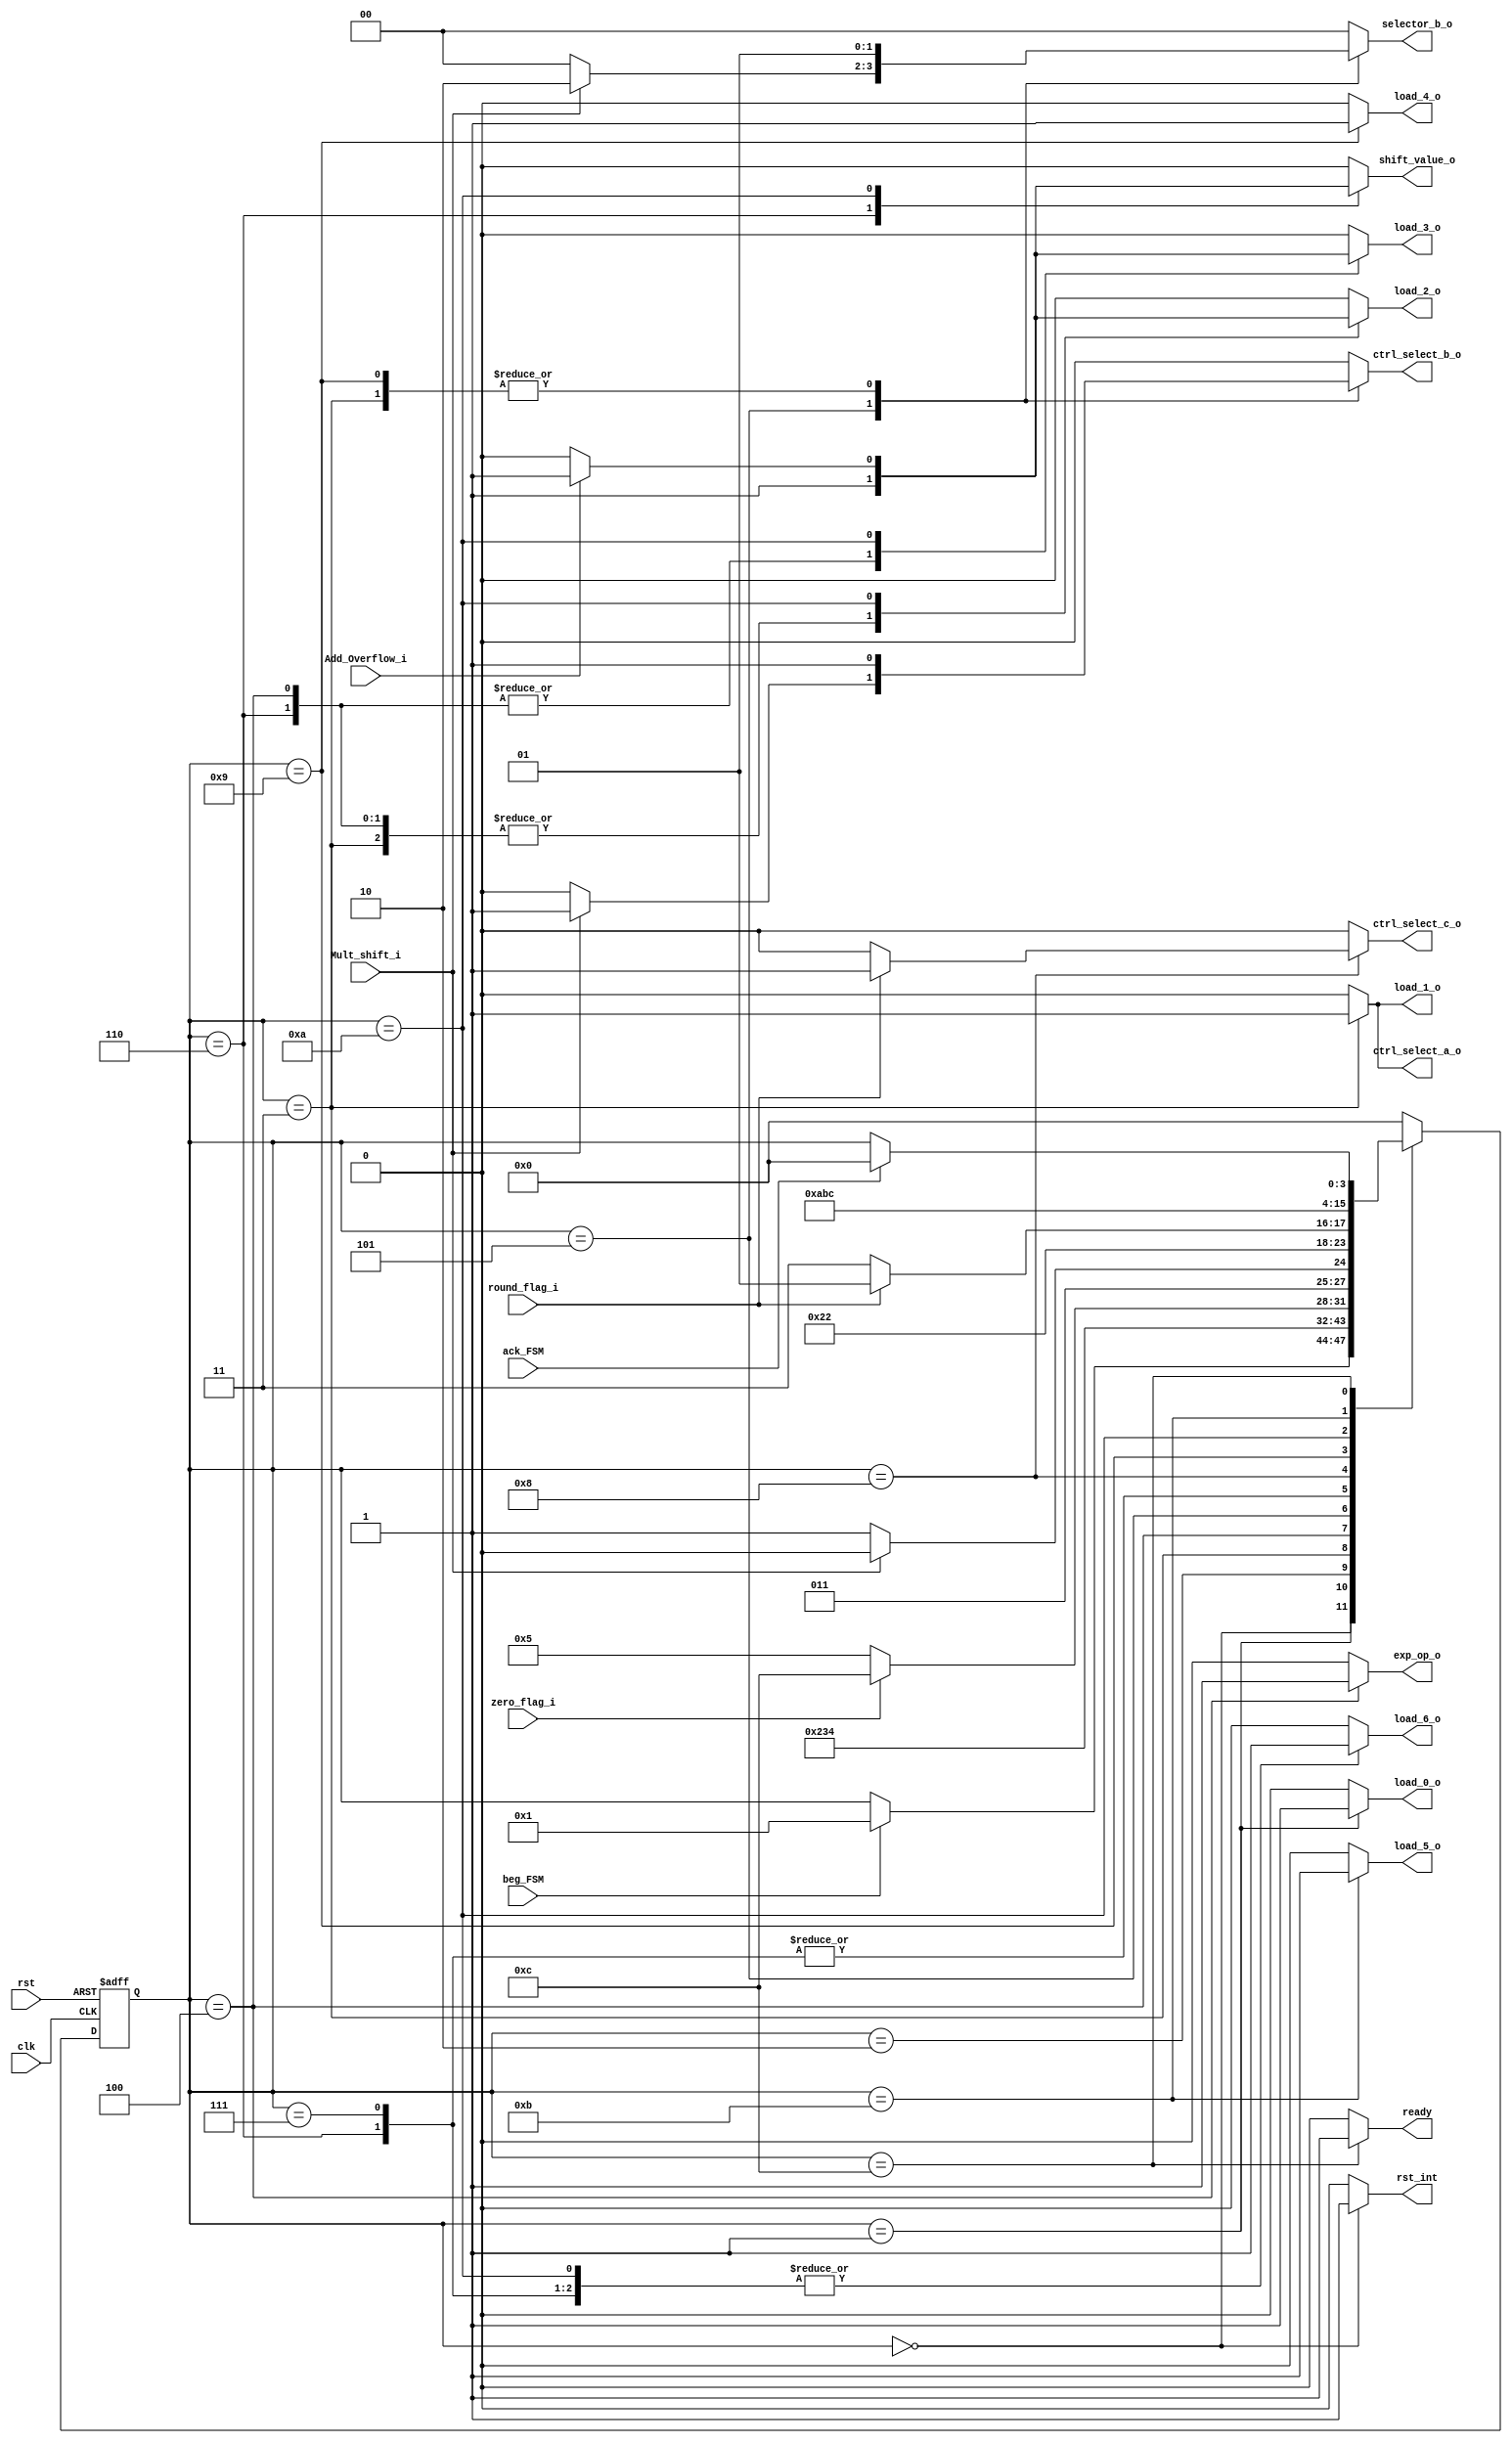
module FSM_Mult_Function(
	//INPUTS
	input wire clk,
	input wire rst,
	input wire beg_FSM, //Be gin the multiply operation
	input wire ack_FSM, //Is used in the last state, is an aknowledge signal

	//ZERO PHASE EVALUATION SIGNALS
	input wire zero_flag_i,

	//Sgf_Operation *EVALUATION SIGNALS
	input wire Mult_shift_i,

	//round decoder EVALUATION SIGNALS
	input wire round_flag_i,

	//Adder round EV LUATION Signals
	input wire Add_Overflow_i,

	///////////////////////Load Signals/////////////////////////////////////7

	//Oper Start_in load signal
	output reg load_0_o,

	/*Zero flag, Exp operation underflow, Sgf operation first reg, sign result reg*/
	output reg load_1_o,

	//Exp operation result,
	output reg load_2_o,

	//Exp operation Overflow, Sgf operation second reg
	output reg load_3_o,

	//Adder round register
	output reg load_4_o,

	//Final result registers
	output reg load_5_o,

	//Barrel shifter registers
	output reg load_6_o,


	/////////////////////Multiplexers selector control signals////////////

	//Sixth Phase control signals
	output reg ctrl_select_a_o,
	output reg ctrl_select_b_o,
	output reg [1:0] selector_b_o,
	output reg ctrl_select_c_o,


	//////////////////////Module's control signals/////////////////////////
	//Exp operation control signals
	output reg exp_op_o,

	//Barrel shifter control signals
	output reg shift_value_o,

	//Internal reset signal
		output reg rst_int,
		//Ready  Signal
		output reg ready
    );


////////States///////////
//Zero Phase
parameter [3:0] start = 4'd0,//A

load_operands = 4'd1, //B) loads both operands to registers

extra64_1 = 4'd2,

add_exp = 4'd3, //C) Add both operands, evaluate underflow

subt_bias = 4'd4, //D) Subtract bias to the result, evaluate overflow, evaluate zero

mult_overf= 4'd5, //E) Evaluate overflow in Sgf multiplication for normalization case

mult_norn = 4'd6, //F) Overflow normalization, right shift significant and increment exponent

mult_no_norn = 4'd7, //G)No_normalization sgf

round_case = 4'd8, //H) Rounding evaluation. Positive= adder rounding, Negative,=Final load

adder_round =  4'd9, //I) add a 1 to the significand in case of rounding

round_norm = 4'd10, //J) Evaluate overflow in adder for normalization, Positive = normalization, same that F

final_load = 4'd11, //K) Load output registers

ready_flag = 4'd12; //L) Ready flag, wait for ack signal



//State registers
reg [3:0] state_reg, state_next;

//State registers reset and standby logic
always @(posedge clk, posedge rst)
	if(rst)
		state_reg <= start;
	else
		state_reg <= state_next;

//Transition and Output Logic
always @*
	begin
	//STATE DEFAULT BEHAVIOR
	state_next = state_reg; //If no changes, keep the value of the register unaltered

	 load_0_o=0;

	/*Zero flag, Exp operation underflow, Sgf operation first reg, sign result reg*/
	 load_1_o=0;

	//Exp operation result,
	 load_2_o=0;

	//Exp operation Overflow, Sgf operation second reg
	 load_3_o=0;

	//Adder round register
	 load_4_o=0;

	//Final result registers
	 load_5_o=0;

	 load_6_o=0;

	//////////////////////Multiplexers selector control signals////////////

	//Sixth Phase control signals
	 ctrl_select_a_o=0;
	 ctrl_select_b_o=0;
	 selector_b_o=2'b0;
	 ctrl_select_c_o=0;


	//////////////////////Module's control signals/////////////////////////
	//Exp operation control signals
	 exp_op_o=0;

	//Barrel shifter control signals
	 shift_value_o=0;

	//Internal reset signal
		 rst_int=0;
		//Ready  Signal
		 ready=0;

	case(state_reg)
		start:
		begin
			rst_int = 1;
			if(beg_FSM)
				state_next = load_operands; //Jump to the first state of the machine
		end
		//First Phase
		load_operands:
		begin
			load_0_o = 1;
			state_next = extra64_1;
		end

		extra64_1:
		begin
		  state_next = add_exp;
        end

		//Zero Check
		add_exp:
		begin
			load_1_o = 1;
			load_2_o = 1;
			ctrl_select_a_o = 1;
			ctrl_select_b_o = 1;
			selector_b_o = 2'b01;
			state_next = subt_bias;
		end
		subt_bias:
		begin
			load_2_o = 1;
			load_3_o = 1;
			exp_op_o = 1;

			if(zero_flag_i)
				state_next = ready_flag;
			else
				state_next = mult_overf;

		end
		mult_overf:
		begin
			if(Mult_shift_i) begin
				ctrl_select_b_o =1;
				selector_b_o =2'b10;
				state_next = mult_norn;
			end
			else
				state_next = mult_no_norn;
		end
		//Ninth Phase
		mult_norn:
		begin
			shift_value_o =1;
			load_6_o = 1;
			load_2_o = 1;
			load_3_o = 1;
			//exp_op_o = 1;
			state_next = round_case;
		end
		mult_no_norn:
		begin
			shift_value_o =0;
			load_6_o = 1;
			state_next = round_case;
		end
		round_case:
		begin
			if(round_flag_i) begin
				ctrl_select_c_o =1;
				state_next = adder_round;
			end
			else
				state_next = final_load;
		end
		adder_round:
		begin
			load_4_o = 1;
			ctrl_select_b_o = 1;
			selector_b_o = 2'b01;
			state_next = round_norm;
		end
		round_norm:
		begin
			load_6_o = 1;
			if(Add_Overflow_i)begin
				shift_value_o =1;
				load_2_o = 1;
				load_3_o = 1;
				state_next = final_load;
			end
			else begin
				shift_value_o =0;
				state_next = final_load;
			end
		end

		final_load:
		begin
			load_5_o =1;
			state_next = ready_flag;
		end
		ready_flag:
		begin
			ready = 1;
				if(ack_FSM) begin
					state_next = start;end
		end

		default:
		begin
			state_next =start;end
	endcase
end


endmodule